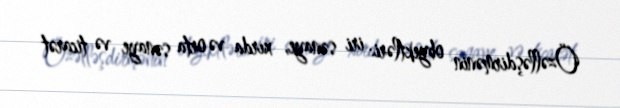
Özəlləşdirmənin obyektləri: iri sənaye, xırda və orta sənaye və ticarət